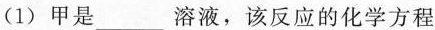
(1)甲是___溶液，该反应的化学方程